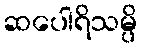
ဆပေါရိသမ္ပိ